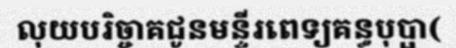
លុយបរិច្ចាគជូនមន្ទីរពេទ្យគន្ធបុប្ផា(